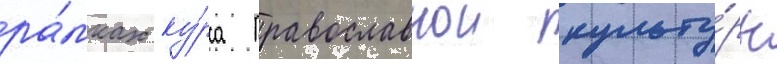
ра́мках ку́рса православнои культу́ры